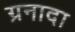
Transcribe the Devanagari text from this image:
ग्रनादा